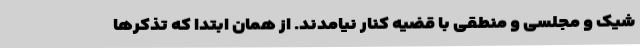
شیک و مجلسی و منطقی با قضیه کنار نیامدند. از همان ابتدا که تذکرها